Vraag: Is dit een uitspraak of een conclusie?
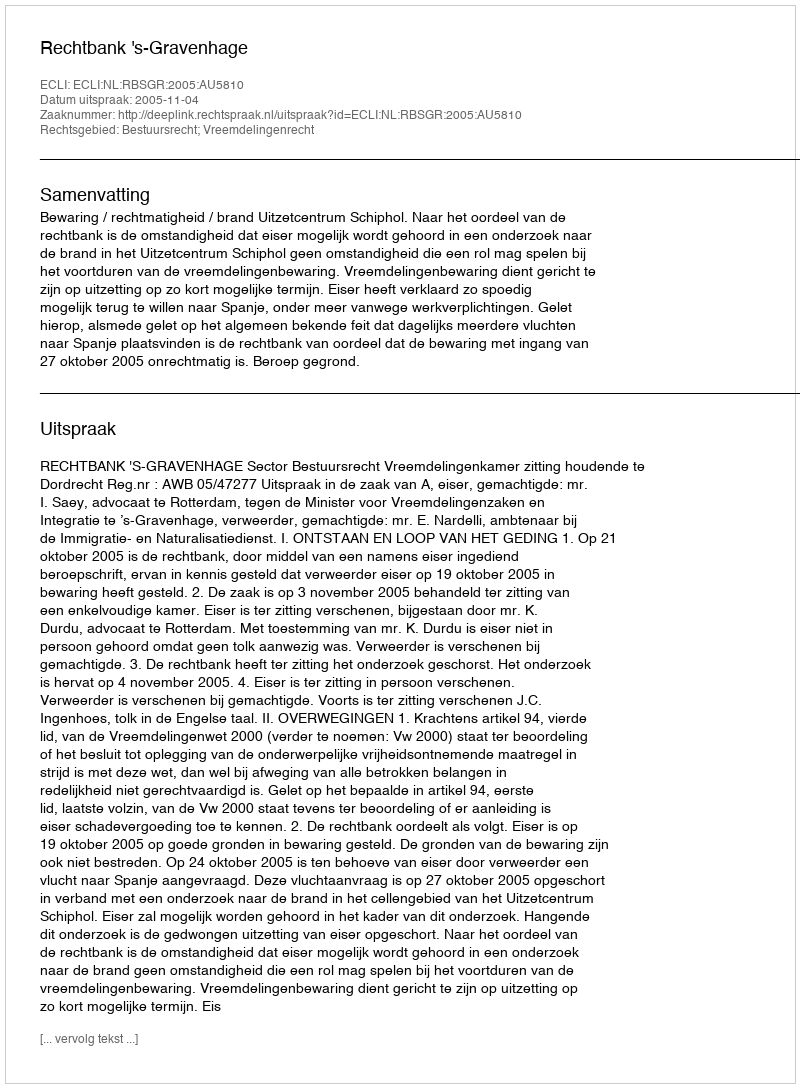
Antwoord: Uitspraak